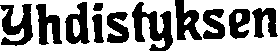
Yhdistyksen